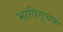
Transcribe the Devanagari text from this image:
भाविसूचक